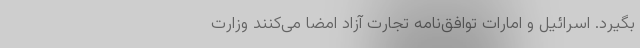
بگیرد. اسرائیل و امارات توافق‌نامه تجارت آزاد امضا می‌کنند وزارت